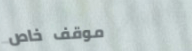
موقف خاص